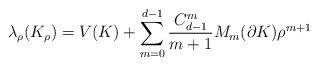
LaTeX: \begin{align*}\lambda_{\rho}(K_{\rho})=V(K)+\sum_{m=0}^{d-1}\frac{C^m_{d-1}}{m+1} M_m(\partial K) \rho^{m+1}\end{align*}